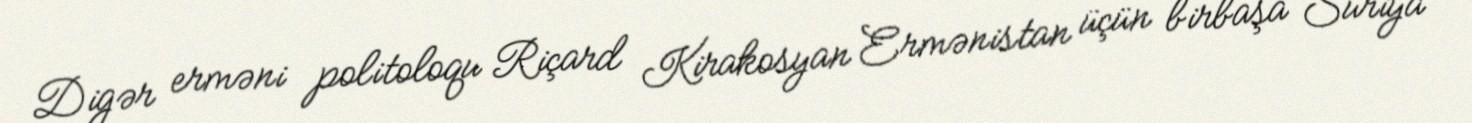
Digər erməni politoloqu Riçard Kirakosyan Ermənistan üçün birbaşa Suriya